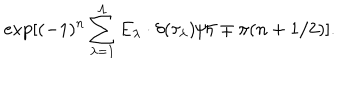
\exp [ ( - 1 ) ^ { n } \sum _ { \lambda = 1 } ^ { \Lambda } E _ { \lambda } \cdot \delta ( \tau _ { \lambda } ) / \hbar \mp \pi ( n + 1 / 2 ) ] .